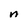
Character: n